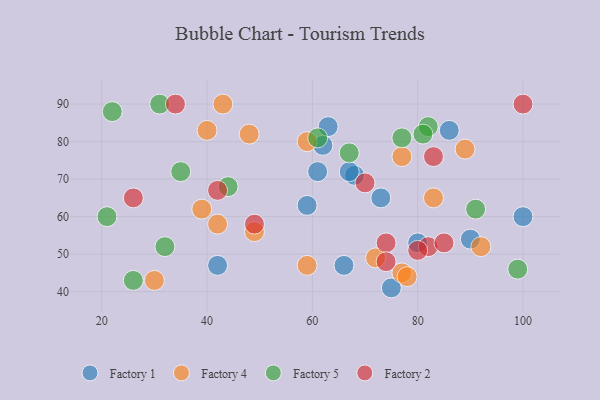
{"axis": {"x": "GDP", "y": "Life Expectancy"}, "legend": ["Factory 1", "Factory 2", "Factory 4", "Factory 5"], "data": [{"x": "80", "y": 53, "type": "Factory 1"}, {"x": "42", "y": 47, "type": "Factory 1"}, {"x": "63", "y": 84, "type": "Factory 1"}, {"x": "75", "y": 41, "type": "Factory 1"}, {"x": "62", "y": 79, "type": "Factory 1"}, {"x": "90", "y": 54, "type": "Factory 1"}, {"x": "68", "y": 71, "type": "Factory 1"}, {"x": "59", "y": 63, "type": "Factory 1"}, {"x": "67", "y": 72, "type": "Factory 1"}, {"x": "66", "y": 47, "type": "Factory 1"}, {"x": "61", "y": 72, "type": "Factory 1"}, {"x": "100", "y": 60, "type": "Factory 1"}, {"x": "73", "y": 65, "type": "Factory 1"}, {"x": "86", "y": 83, "type": "Factory 1"}, {"x": "39", "y": 62, "type": "Factory 4"}, {"x": "48", "y": 82, "type": "Factory 4"}, {"x": "72", "y": 49, "type": "Factory 4"}, {"x": "40", "y": 83, "type": "Factory 4"}, {"x": "77", "y": 76, "type": "Factory 4"}, {"x": "30", "y": 43, "type": "Factory 4"}, {"x": "83", "y": 65, "type": "Factory 4"}, {"x": "92", "y": 52, "type": "Factory 4"}, {"x": "77", "y": 45, "type": "Factory 4"}, {"x": "78", "y": 44, "type": "Factory 4"}, {"x": "49", "y": 56, "type": "Factory 4"}, {"x": "59", "y": 80, "type": "Factory 4"}, {"x": "43", "y": 90, "type": "Factory 4"}, {"x": "42", "y": 58, "type": "Factory 4"}, {"x": "59", "y": 47, "type": "Factory 4"}, {"x": "89", "y": 78, "type": "Factory 4"}, {"x": "82", "y": 84, "type": "Factory 5"}, {"x": "35", "y": 72, "type": "Factory 5"}, {"x": "77", "y": 81, "type": "Factory 5"}, {"x": "21", "y": 60, "type": "Factory 5"}, {"x": "61", "y": 81, "type": "Factory 5"}, {"x": "22", "y": 88, "type": "Factory 5"}, {"x": "99", "y": 46, "type": "Factory 5"}, {"x": "81", "y": 82, "type": "Factory 5"}, {"x": "32", "y": 52, "type": "Factory 5"}, {"x": "31", "y": 90, "type": "Factory 5"}, {"x": "67", "y": 77, "type": "Factory 5"}, {"x": "44", "y": 68, "type": "Factory 5"}, {"x": "91", "y": 62, "type": "Factory 5"}, {"x": "26", "y": 43, "type": "Factory 5"}, {"x": "82", "y": 52, "type": "Factory 2"}, {"x": "100", "y": 90, "type": "Factory 2"}, {"x": "80", "y": 51, "type": "Factory 2"}, {"x": "74", "y": 53, "type": "Factory 2"}, {"x": "42", "y": 67, "type": "Factory 2"}, {"x": "83", "y": 76, "type": "Factory 2"}, {"x": "70", "y": 69, "type": "Factory 2"}, {"x": "85", "y": 53, "type": "Factory 2"}, {"x": "49", "y": 58, "type": "Factory 2"}, {"x": "26", "y": 65, "type": "Factory 2"}, {"x": "34", "y": 90, "type": "Factory 2"}, {"x": "74", "y": 48, "type": "Factory 2"}]}